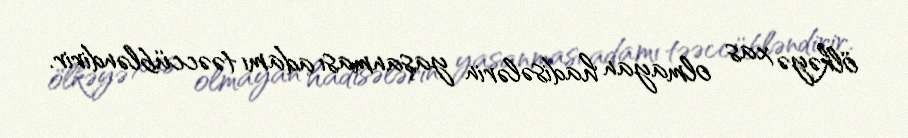
ölkəyə xas olmayan hadisələrin yaşanması adamı təəccübləndirir.